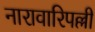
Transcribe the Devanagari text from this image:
नारावारिपल्ली